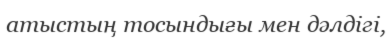
атыстың тосындығы мен дәлдігі,